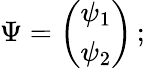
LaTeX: \Psi=\left(\begin{array}{clcr}{{\psi_{1}}}\\ {{\psi_{2}}}\end{array}\right)\, ;